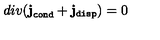
d i v ( { \bf j } _ { \tt c o n d } + { \bf j } _ { \tt d i s p } ) = 0